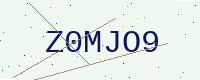
Text: Z0MJO9